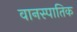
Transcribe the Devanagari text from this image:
वानस्पातिक